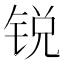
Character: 锐